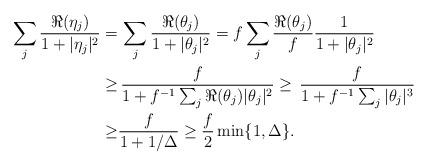
LaTeX: \begin{align*} \sum_j\frac{\Re(\eta_j)}{1+|\eta_j|^2} = &\,\sum_j\frac{\Re(\theta_j)}{1+|\theta_j|^2} =f\sum_j\frac{\Re(\theta_j)}{f}\frac1{1+|\theta_j|^2}\\ \ge&\,\frac{f}{1+f^{-1}\sum_j\Re(\theta_j)|\theta_j|^2} \ge\,\frac{f}{1+f^{-1}\sum_j|\theta_j|^3}\\ \ge&\frac{f}{1+1/\Delta}\ge \frac{f}2\min\{1,\Delta\}. \end{align*}